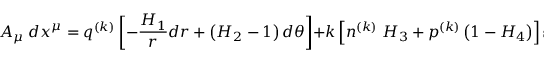
A _ { \mu } \; d x ^ { \mu } = q ^ { ( k ) } \left[ - \frac { H _ { 1 } } { r } d r + \left( H _ { 2 } - 1 \right) d \theta \right] + k \left[ n ^ { ( k ) } \; H _ { 3 } + p ^ { ( k ) } \left( 1 - H _ { 4 } \right) \right] \sin \theta d \phi ,